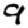
Digit: 9